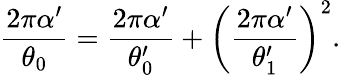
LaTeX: \frac{2\pi\alpha^{\prime}}{\theta_{0}}=\frac{2\pi\alpha^{\prime}}{\theta_{0}^{\prime}}+\biggl(\frac{2\pi\alpha^{\prime}}{\theta_{1}^{\prime}}\biggr)^{2}.